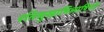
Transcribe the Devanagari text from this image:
रतिसुखाभिलाषिणी